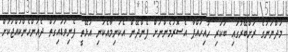
މަދްޔަނުގެ ރަށްބޭރުގައި ބަކަރި ހުއިހައްޕާ އެސޮރުމެންނަށް ފެންދޭން އެކަނިމާއެކަނި އުޅޭތީ ފެނިވަޑައިގަތް ދެއަންހެންކުއްޖަކަށް